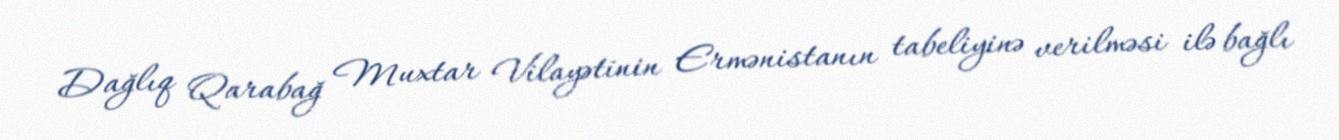
Dağlıq Qarabağ Muxtar Vilayətinin Ermənistanın tabeliyinə verilməsi ilə bağlı